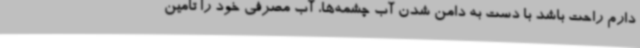
دارم راحت باشد با دست به دامن شدن آب چشمه‌ها، آب مصرفی خود را تامین